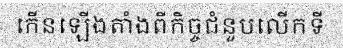
កើនឡើងតាំងពីកិច្ចជំនួបលើកទី